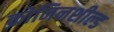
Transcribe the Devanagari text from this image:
क्रोनिनशील्ड